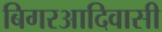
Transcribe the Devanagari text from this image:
बिगरआदिवासी